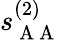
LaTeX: s_{\mathrm{~A~A~}}^{(2)}